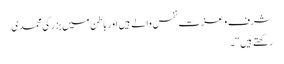
شرف و عزتِ نفس والے ہیں اور باطن میں بزرگیِ محمدی
رکھتے ہیں“۔